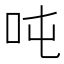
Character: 吨